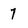
Character: 7